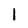
Character: l